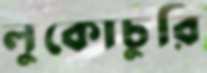
লুকোচুরি